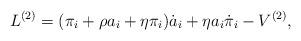
\begin{align*}L^{(2)} = (\pi_i + \rho a_i + \eta \pi_i)\dot{a}_i + \eta a_i \dot{\pi}_i - V^{(2)},\end{align*}